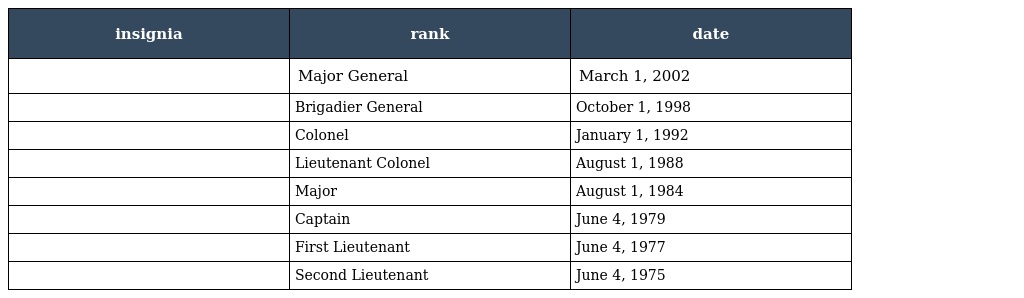
| insignia | rank | date |
 | --- | --- | --- |
 |  | Major General | March 1, 2002 |
 |  | Brigadier General | October 1, 1998 |
 |  | Colonel | January 1, 1992 |
 |  | Lieutenant Colonel | August 1, 1988 |
 |  | Major | August 1, 1984 |
 |  | Captain | June 4, 1979 |
 |  | First Lieutenant | June 4, 1977 |
 |  | Second Lieutenant | June 4, 1975 |